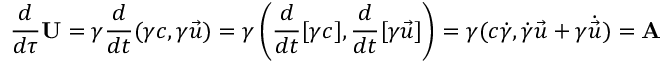
{ \frac { d } { d \tau } } \mathbf { U } = \gamma { \frac { d } { d t } } ( \gamma c , \gamma { \vec { u } } ) = \gamma \left( { \frac { d } { d t } } [ \gamma c ] , { \frac { d } { d t } } [ \gamma { \vec { u } } ] \right) = \gamma ( c { \dot { \gamma } } , { \dot { \gamma } } { \vec { u } } + \gamma { \dot { \vec { u } } } ) = \mathbf { A }